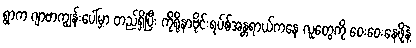
ရွာက ဂျာဗာကျွန်းပေါ်မှာ တည်ရှိပြီး ကိုရိုနာဗိုင်းရပ်စ်အန္တရာယ်ကနေ လူတွေကို ဝေးဝေးနေဖို့နဲ့